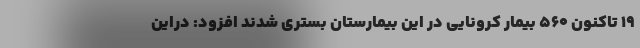
۱۹ تاکنون ۵۶۰ بیمار کرونایی در این بیمارستان بستری شدند افزود: دراین